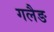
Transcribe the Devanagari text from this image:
गलैङ